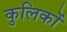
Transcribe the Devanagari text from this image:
कुलिकों